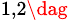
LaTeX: {}^{1,2\dag}